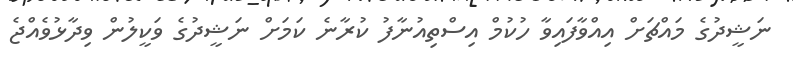
ނަޝީދުގެ މައްޗަށް އިއްވާފައިވާ ހުކުމް އިސްތިއުނާފު ކުރާނެ ކަމަށް ނަޝީދުގެ ވަކީލުން ވިދާޅުވެއްޖެ